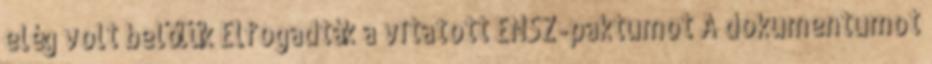
elég volt belőlük Elfogadták a vitatott ENSZ-paktumot A dokumentumot